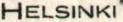
HELSINKI